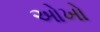
ઓખો